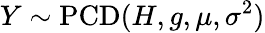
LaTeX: Y\sim\operatorname{PCD}(H,g,\mu,\sigma^{2})